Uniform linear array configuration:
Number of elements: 4
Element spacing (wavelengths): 0.75
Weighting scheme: exponential
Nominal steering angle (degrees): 0
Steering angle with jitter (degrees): -0.4229
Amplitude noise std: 0.05
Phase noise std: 0.05

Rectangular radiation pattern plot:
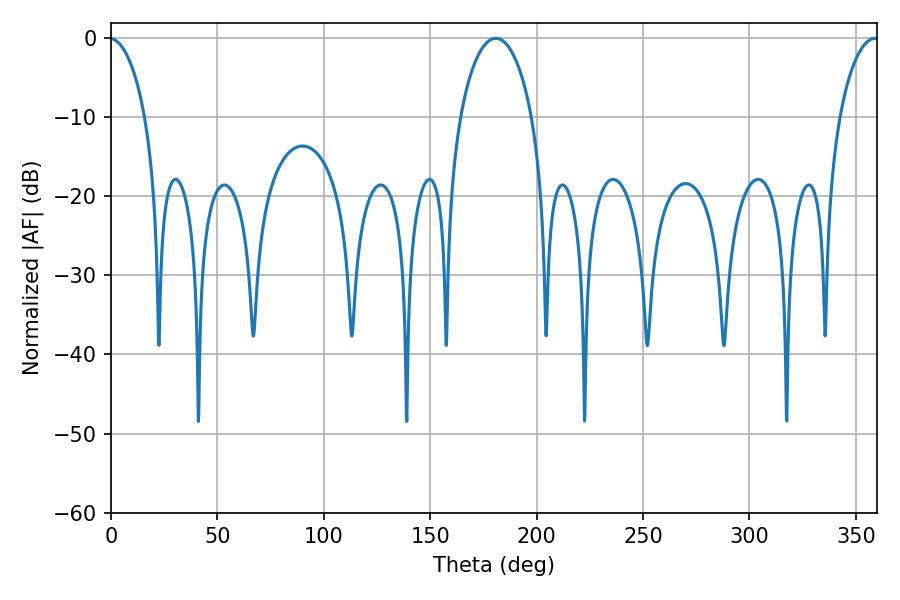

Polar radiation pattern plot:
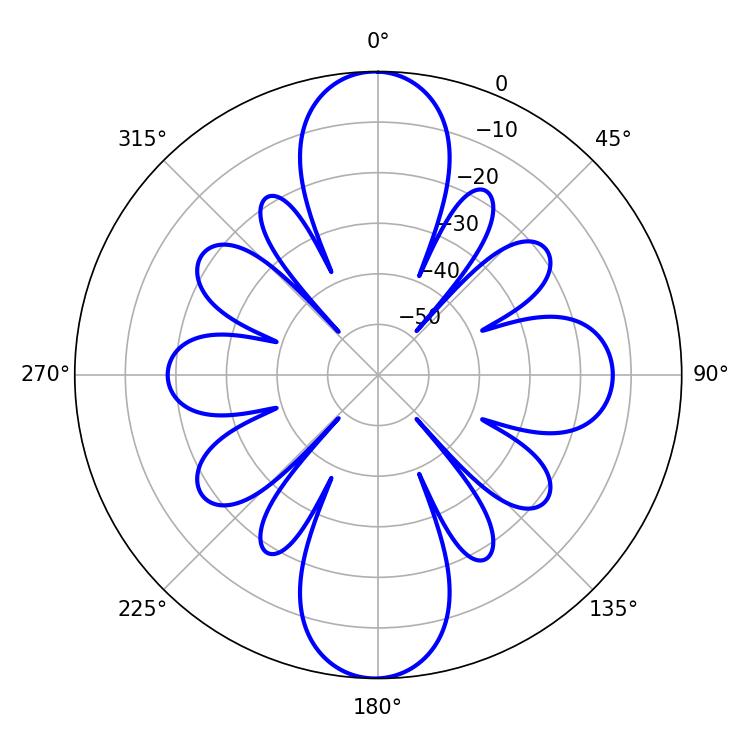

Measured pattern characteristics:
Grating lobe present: TRUE
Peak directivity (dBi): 33.255
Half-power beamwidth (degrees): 19.26
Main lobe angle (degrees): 180.9